Annual report on the working of the mental hospitals in the Madras Presidency - 1912-1932
Year: 1912
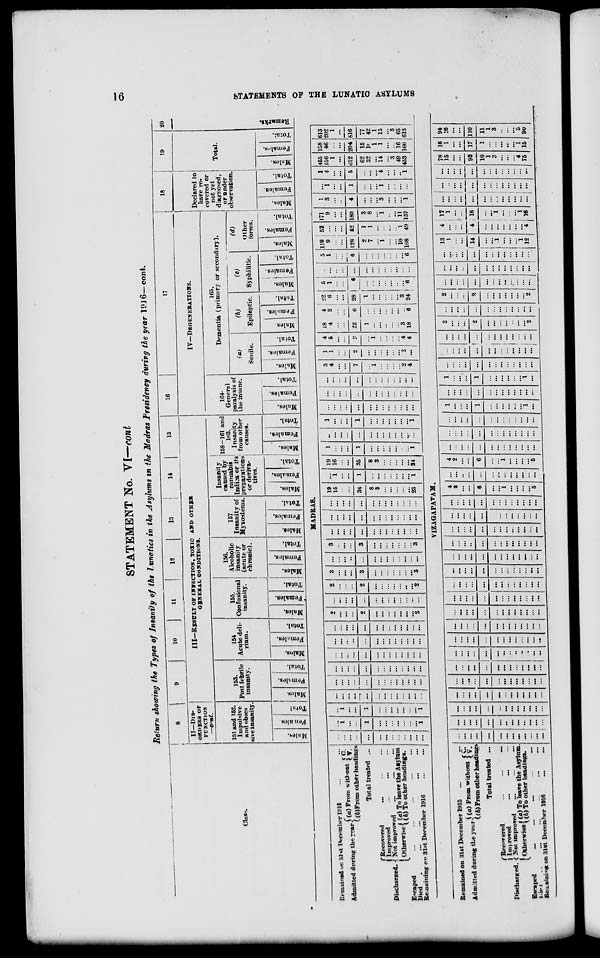
16
STATEMENTS OF THE LUNATIC ASYLUMS
STATEMENT No. VI—cont
Return showing the Types of Insanity of the Lunatics in the Asylums in the Madras Presidency during the year 1916—cont.
Class.
8
II—DIS-
ORDERS OF
FUNCTION
—cont.
151 and 152,
Impulsive
and obses-
sive insanity
Males.
Females.
Total.
9
10
11
12 13
14
15
III—RESULT OF INFECTION, TOXIC AND OTHER
GENERAL CONDITIONS.
153.
Post febrile
insanity.
Males.
Females.
Total.
154
Acute del-
rium.
Males.
Females.
Total.
155.
Confusional
insanity.
Males.
Females.
Total.
156.
Alcoholic
insanity
(acute or
chronic).
Males.
Females.
Total.
157
Insanity of
Myxœdema.
Males.
Females.
Total.
Insanity
caused by
cannabis
Indica or its
preparations
or deriva-
tives.
Males.
Females.
Total.
158-161 and
163.
Insanity
from other
causes.
Males.
Females.
Total.
16
17
IV—DEGENERATIONS.
164.
General
paralysis of
the insane.
Males.
Females.
Total.
165.
Dementia (primary or secondary).
(a)
Senile.
Males.
Females.
Total.
(b)
Epileptic.
Males.
Females.
Total.
(c)
Syphilitic.
Males.
Females.
Total.
(d)
Other
forms.
Males.
Females.
Total.
18
Declared to
have re-
covered or
not yet
diagnosed,
or under
observation.
Males.
Females.
Total.
19
Total.
Males.
Females.
Total.
20
Remarks.
MADRAS.
Remained on 31st December 1915 ...
Admitted during the year
(a) From without C. V.
(b)From other headings
Total treated ...
Discharged.
Recovered ... ... ...
Improved ... ... ...
Not improved ... ... ...
Otherwise (a) To leave the Asylum
(b) To other headings.
Escaped ... ... ... ... ...
Died
...
...
...
...
...
Remaining on 31st December 1916 ... ...
...
...
...
...
...
...
...
...
...
...
...
...
...
...
1
...
...
1
...
...
...
...
...
...
...
1
...
1
...
...
1
...
...
...
...
...
...
...
1
...
...
...
...
...
...
...
...
...
...
...
...
...
...
...
...
...
...
...
...
...
...
...
...
...
...
...
...
...
...
...
...
...
...
...
...
...
...
...
...
...
...
...
...
...
...
...
...
...
...
...
...
...
...
...
...
...
...
...
...
...
...
...
...
...
...
...
...
...
...
...
...
...
...
...
...
...
...
2
...
...
...
2
...
...
...
...
...
...
...
2
...
...
...
...
...
...
...
...
...
...
...
...
...
2
...
...
...
2
...
...
...
...
...
...
...
2
3
...
...
3
...
...
...
...
...
...
...
3
...
...
...
...
...
...
...
...
...
...
...
...
...
3
...
...
...
3
...
...
...
...
...
...
...
3
...
...
...
...
...
...
...
...
...
...
...
...
...
...
...
...
...
...
...
...
...
...
...
...
...
...
...
...
...
...
...
...
...
...
...
...
...
...
19
15
...
...
34
8
3
...
...
...
...
...
23
...
1
...
...
1
...
...
...
...
...
...
...
1
19
16
...
...
35
8
3
...
...
...
...
...
24
1
...
...
...
1
...
...
...
...
...
...
...
1
...
...
...
...
...
...
...
...
...
...
...
...
...
1
...
...
...
1
...
...
...
...
...
...
...
1
...
...
...
...
...
...
...
...
...
...
...
...
...
...
...
...
...
...
...
...
...
...
...
...
...
...
...
...
...
...
...
...
...
...
...
...
...
...
...
3
4
...
...
7
...
1
...
...
...
...
2
4
1
1
...
...
2
...
...
...
...
...
...
2
...
4
5
...
...
9
...
1
...
...
...
...
4
4
18
4
...
...
22
1
...
...
...
...
3
18
4
2
...
...
6
...
...
...
...
...
...
...
6
22
6
...
...
28
1
...
...
...
...
...
3
24
5
1
...
...
6
...
...
...
...
...
...
...
6
...
...
...
...
...
...
...
...
...
...
...
...
...
5
1
...
...
6
...
...
...
...
...
...
...
6
119
9
...
...
128
2
7
...
1
...
...
10
108
52
...
...
...
52
1
1
...
...
...
... 1
49
171
9
...
...
180
3
8
...
1
...
...
11
157
1
3
...
...
4
...
...
3
...
...
...
1
...
1
...
...
1
...
...
...
1
...
...
...
...
1
4
...
...
5
...
...
...
4
...
...
...
1
455
156
1
...
612
62
32
...
14
...
3
49
453
158
46
...
...
204
15
10
1
1
...
...
16
160
613
202
1
...
816
77
42
1
15
...
3
65
613
VIZAGAPATAM.
Remained on 31st December 1915
...
...
Admitted during the year
(a) From without C.
V.
(b) From other headings
Total treated ...
Discharged.
Recovered
...
...
...
Improved ... ... ...
Not improved ... ... ...
Otherwise (a) To leave the Asylum.
(b) To other headings.
Escaped
...
...
...
...
...
Died ... ... ... ... ... ...
Remaining on 31st December 1916
...
...
...
...
...
...
...
...
...
...
...
...
... ...
...
...
...
...
...
...
...
...
...
...
...
...
...
...
...
...
...
...
...
...
...
...
...
...
...
...
...
...
...
...
...
...
...
...
...
...
...
...
...
...
...
...
...
...
...
...
...
...
...
...
...
...
...
...
...
...
...
...
...
...
...
...
...
...
...
...
...
...
...
...
...
...
...
...
...
...
...
...
...
...
...
...
...
...
...
...
...
...
...
...
...
...
...
...
...
...
...
...
...
...
...
...
...
...
...
...
...
...
...
...
...
...
...
...
...
...
...
...
...
...
...
...
...
...
...
...
...
...
...
...
...
...
...
...
...
...
...
...
...
...
...
...
...
...
...
...
...
...
...
...
...
...
...
...
...
...
...
...
...
...
...
...
...
...
...
...
...
...
...
...
...
...
...
...
...
...
...
...
...
...
...
...
...
...
...
...
...
...
...
...
...
...
...
...
...
...
...
...
...
...
...
...
...
...
...
...
...
...
...
...
...
...
...
...
...
...
...
...
...
...
...
...
4
2
...
...
6
...
...
1
...
...
...
...
5
...
...
...
...
...
...
...
...
...
...
...
...
...
4
2
...
...
6
...
...
1
...
...
...
...
5
...
...
...
...
...
...
...
...
...
...
...
...
...
...
...
...
...
...
...
...
...
...
...
...
...
...
...
...
...
...
...
...
...
...
...
... ...
...
1
...
...
...
1
...
...
...
...
...
... 1
...
...
...
...
...
...
...
...
...
...
...
...
...
...
1
...
...
...
1
...
...
...
...
...
...
1
...
...
...
...
...
...
...
...
...
...
...
...
...
...
...
...
...
...
...
...
...
...
...
... ...
...
...
...
...
...
...
...
...
...
...
...
...
...
...
...
2
...
...
...
2
...
...
...
...
...
...
...
2
...
...
...
...
...
...
...
...
...
...
...
...
...
2
...
...
...
2
...
...
...
...
...
...
...
2
...
...
...
...
...
...
...
...
...
...
...
...
...
...
...
...
...
...
...
...
...
...
...
...
...
...
...
...
...
...
...
...
...
...
...
...
...
...
...
13
1
...
...
14
...
...
1
...
...
...
1
12
4
...
...
...
4
...
...
...
...
...
...
...
4
17
1
...
...
18
...
...
1
...
...
...
1
16
...
...
...
...
...
...
...
...
...
...
...
...
...
...
..
...
...
...
...
...
...
...
...
...
...
...
...
...
...
...
...
...
...
...
...
...
...
...
78
15
...
...
93
10
1
3
...
...
... 4
75
16
1
...
...
17
1
...
...
...
...
...
1
15
94
16
...
...
110
11
1
3
...
...
...
5
90